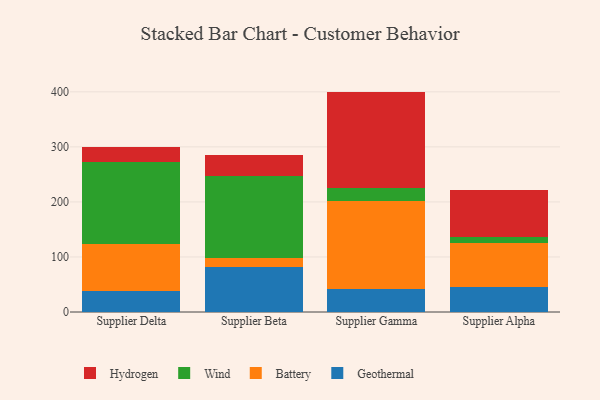
{"axis": {"x": "Supplier", "y": "Bounce Rate (%)"}, "legend": ["Battery", "Geothermal", "Hydrogen", "Wind"], "data": [{"x": "Supplier Delta", "y": 38.2, "type": "Geothermal"}, {"x": "Supplier Delta", "y": 85.4, "type": "Battery"}, {"x": "Supplier Delta", "y": 148.2, "type": "Wind"}, {"x": "Supplier Delta", "y": 28.8, "type": "Hydrogen"}, {"x": "Supplier Beta", "y": 81.6, "type": "Geothermal"}, {"x": "Supplier Beta", "y": 16.9, "type": "Battery"}, {"x": "Supplier Beta", "y": 148.0, "type": "Wind"}, {"x": "Supplier Beta", "y": 39.0, "type": "Hydrogen"}, {"x": "Supplier Gamma", "y": 42.7, "type": "Geothermal"}, {"x": "Supplier Gamma", "y": 158.6, "type": "Battery"}, {"x": "Supplier Gamma", "y": 24.5, "type": "Wind"}, {"x": "Supplier Gamma", "y": 174.6, "type": "Hydrogen"}, {"x": "Supplier Alpha", "y": 44.7, "type": "Geothermal"}, {"x": "Supplier Alpha", "y": 80.5, "type": "Battery"}, {"x": "Supplier Alpha", "y": 10.9, "type": "Wind"}, {"x": "Supplier Alpha", "y": 84.7, "type": "Hydrogen"}]}